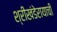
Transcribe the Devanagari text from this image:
श्रीखंडेरायाची